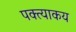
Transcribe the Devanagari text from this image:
पक्त्याकय